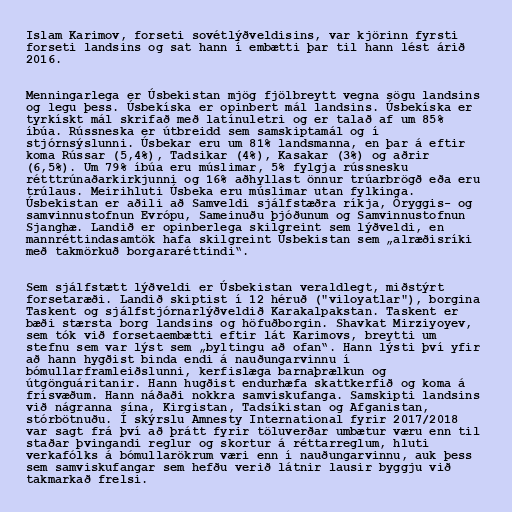
Islam Karimov, forseti sovétlýðveldisins, var kjörinn fyrsti
forseti landsins og sat hann í embætti þar til hann lést árið
2016.

Menningarlega er Úsbekistan mjög fjölbreytt vegna sögu landsins
og legu þess. Úsbekíska er opinbert mál landsins. Úsbekíska er
tyrkískt mál skrifað með latínuletri og er talað af um 85%
íbúa. Rússneska er útbreidd sem samskiptamál og í
stjórnsýslunni. Úsbekar eru um 81% landsmanna, en þar á eftir
koma Rússar (5,4%), Tadsikar (4%), Kasakar (3%) og aðrir
(6,5%). Um 79% íbúa eru múslimar, 5% fylgja rússnesku
rétttrúnaðarkirkjunni og 16% aðhyllast önnur trúarbrögð eða eru
trúlaus. Meirihluti Úsbeka eru múslimar utan fylkinga.
Úsbekistan er aðili að Samveldi sjálfstæðra ríkja, Öryggis- og
samvinnustofnun Evrópu, Sameinuðu þjóðunum og Samvinnustofnun
Sjanghæ. Landið er opinberlega skilgreint sem lýðveldi, en
mannréttindasamtök hafa skilgreint Úsbekistan sem „alræðisríki
með takmörkuð borgararéttindi“.

Sem sjálfstætt lýðveldi er Úsbekistan veraldlegt, miðstýrt
forsetaræði. Landið skiptist í 12 héruð ("viloyatlar"), borgina
Taskent og sjálfstjórnarlýðveldið Karakalpakstan. Taskent er
bæði stærsta borg landsins og höfuðborgin. Shavkat Mirziyoyev,
sem tók við forsetaembætti eftir lát Karimovs, breytti um
stefnu sem var lýst sem „byltingu að ofan“. Hann lýsti því yfir
að hann hygðist binda endi á nauðungarvinnu í
bómullarframleiðslunni, kerfislæga barnaþrælkun og
útgönguáritanir. Hann hugðist endurhæfa skattkerfið og koma á
frísvæðum. Hann náðaði nokkra samviskufanga. Samskipti landsins
við nágranna sína, Kirgistan, Tadsíkistan og Afganistan,
stórbötnuðu. Í skýrslu Amnesty International fyrir 2017/2018
var sagt frá því að þrátt fyrir töluverðar umbætur væru enn til
staðar þvingandi reglur og skortur á réttarreglum, hluti
verkafólks á bómullarökrum væri enn í nauðungarvinnu, auk þess
sem samviskufangar sem hefðu verið látnir lausir byggju við
takmarkað frelsi.